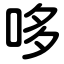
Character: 哆